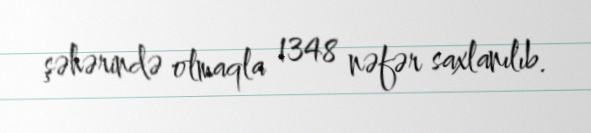
şəhərində olmaqla 1348 nəfər saxlanılıb.